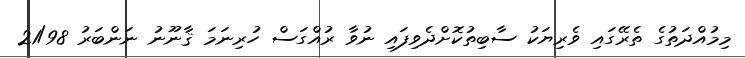
މިމުއްދަތުގެ ތެރޭގައި ވެރިޔަކު ސާބިތުކޮށްދެވިފައި ނުވާ ރުއްގަސް ހުރިނަމަ ޤާނޫނު ނަންބަރު 21/98